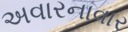
અવારનાવાર